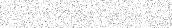
٧١